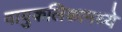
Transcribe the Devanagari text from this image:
वायुकलिकामध्ये